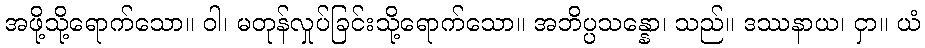
အဖို့သို့ရောက်သော။ ဝါ၊ မတုန်လှုပ်ခြင်းသို့ရောက်သော။ အဘိပ္ပသန္နော၊ သည်။ ဒဿနာယ၊ ငှာ။ ယံ